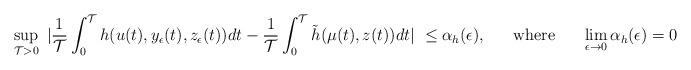
LaTeX: \begin{align*} \sup_{\mathcal{T}>0}\ |\frac{1}{\mathcal{T}}\int_0^{\mathcal{T}} h(u(t),y_{\epsilon}(t),z_{\epsilon}(t))dt - \frac{1}{\mathcal{T}}\int_0^{\mathcal{T}}\tilde h(\mu(t),z(t))dt|\ \leq \alpha_h (\epsilon ), \ \ \ \ \ {\rm where} \ \ \ \ \ \lim_{\epsilon\rightarrow 0}\alpha_h (\epsilon) = 0\end{align*}